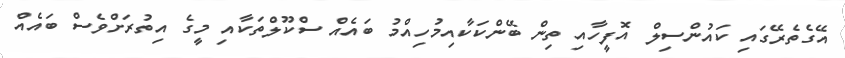
އޭގެތެރޭގައި ކައުންސިލް އޮފީހާއި ތިން ބޭންކަކާއިމުހިއްމު ބައެއް ސްކޫލްތަކާއި މީގެ އިތުރަށްވެސް ބައެއް